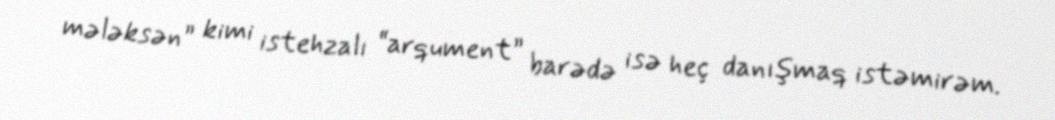
mələksən” kimi istehzalı “arqument” barədə isə heç danışmaq istəmirəm.